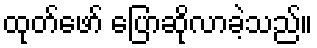
ထုတ်ဖော် ပြောဆိုလာခဲ့သည်။